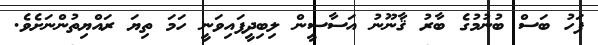
ފަހު ބަސް ބުނުމުގެ ބާރު ޤާނޫނު އަސާސީން ލިބިދީފައިވަނީ ހަމަ ތިޔަ ރައްޔިތުންނަށެވެ.